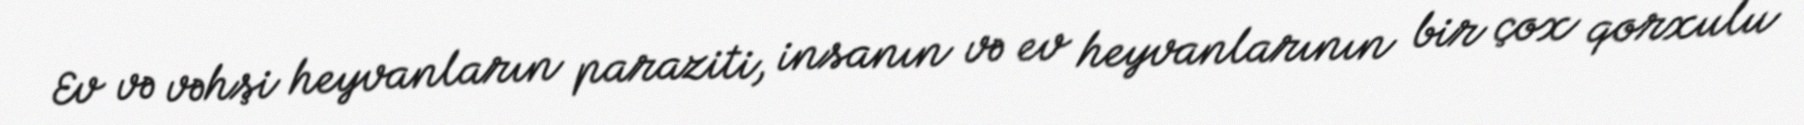
Ev və vəhşi heyvanların paraziti, insanın və ev heyvanlarının bir çox qorxulu